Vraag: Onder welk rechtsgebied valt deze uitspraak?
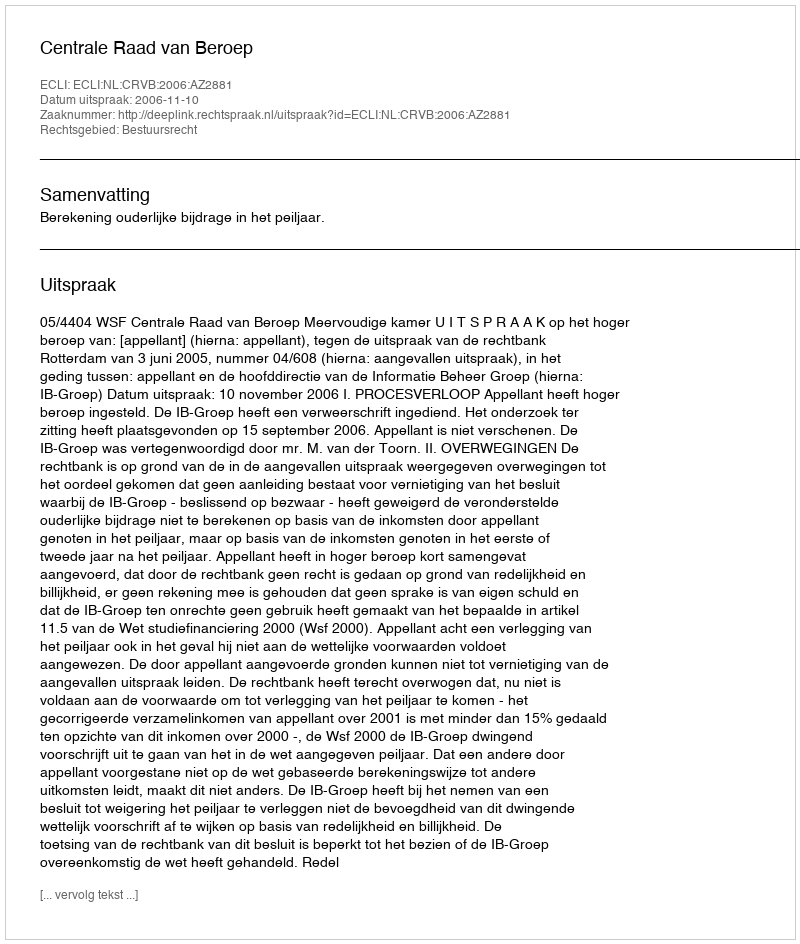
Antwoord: Bestuursrecht